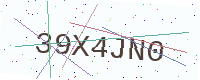
Text: 39X4JN0